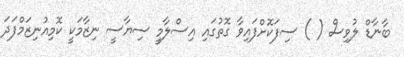
ބާނާޑް ލުވިސް ( ) ސިފަކޮށްފައިވާ ގޮތުގައި އިސްލާމީ ސިޔާސީ ނިޒާމަކީ ކޮމިއުނިޒަމްފަދަ